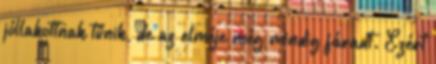
jóllakottnak tűnik, de az elméje még mindig fáradt. Ezért